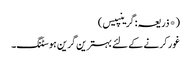
(*ذریعہ: گرینپیس)
غور کرنے کے لئے بہترین گرین ہوسٹنگ۔